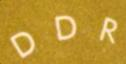
DDR